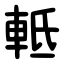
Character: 軧